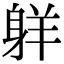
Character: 𦎒